Report on vaccination North-West Frontier Province 1904-1922 - 1904-1922
Year: 1904
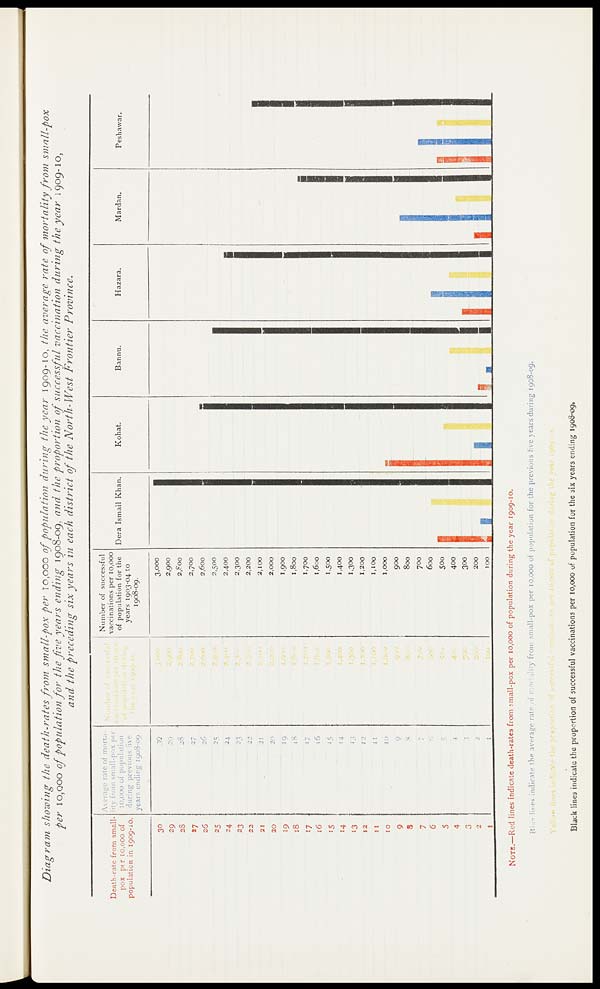
Diagram showing the death-rates from small-pox per 10,000 of population during the year 1909-10, the average rate of mortality from
small-pox
per 10,000 of population for the five years ending 1908-09, and the proportion of successful vaccination during the year 1909-10,
and the preceding six years in each district of the North-West
Frontier
Province.